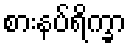
စားနပ်ရိက္ခာ